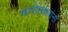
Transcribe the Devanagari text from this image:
खानोलकरांना